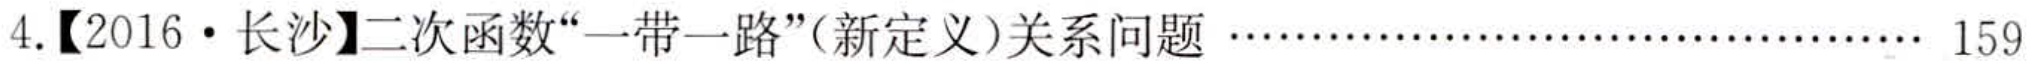
4.【2016·长沙】二次函数“一带一路”(新定义)关系问题 …………………………… 159